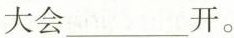
大会___开。